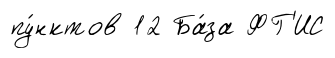
пу́нктов 12 Ба́за ФГ'ИС